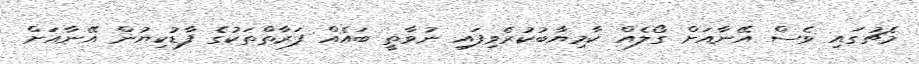
މެޗުގައި ވެސް އޭނާއަށް ގޯލެއް ކާމިޔާބުކުރެވިފައި ނުވާތީ ބައެއް ފަރާތްތަކުގެ ފާޑުކިޔުން އޭނާއަށް